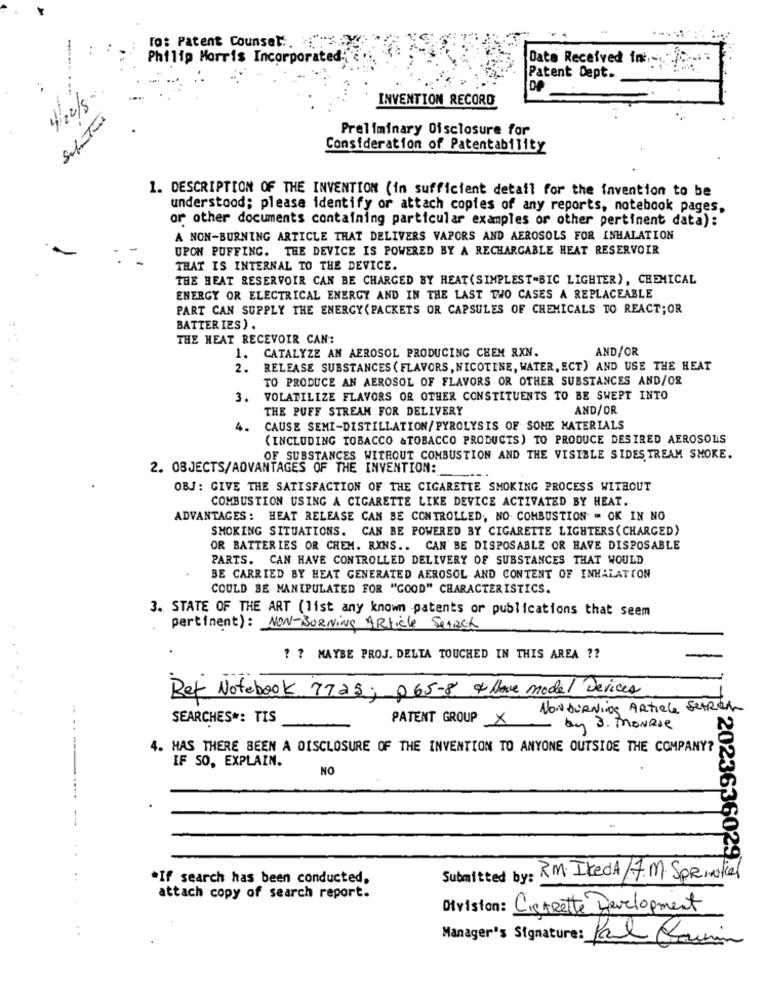
To: Patent Counsel .. .
Philip Morris Incorporated:
Data Received fmi ... . 70. .. "
Patent Dept.
De
4/22/5
INVENTION RECORD
Preliminary Disclosure for
Consideration of Patentability
1. DESCRIPTION OF THE INVENTION (in sufficient detail for the invention to be
understood; please identify or attach copies of any reports, notebook pages,
or other documents containing particular examples or other pertinent data):
A NON-BURNING ARTICLE THAT DELIVERS VAPORS AND AEROSOLS FOR INHALATION
UPON PUFFING. THE DEVICE IS POWERED BY A RECHARGABLE HEAT RESERVOIR
THAT IS INTERNAL TO THE DEVICE.
THE HEAT RESERVOIR CAN BE CHARGED BY HEAT(SIMPLEST-BIC LIGHTER), CHEMICAL
ENERGY OR ELECTRICAL ENERGY AND IN THE LAST TWO CASES A REPLACEABLE
PART CAN SUPPLY THE ENERGY (PACKETS OR CAPSULES OF CHEMICALS TO REACT; OR
BATTER IES ) .
THE HEAT RECEVOIR CAN:
1. CATALYZE AN AEROSOL PRODUCING CHEM RXN.
AND/OR
2.
RELEASE SUBSTANCES ( FLAVORS , NICOTINE, WATER, ECT) AND USE THE HEAT
TO PRODUCE AN AEROSOL OF FLAVORS OR OTHER SUBSTANCES AND/OR
3.
VOLATILIZE FLAVORS OR OTHER CONSTITUENTS TO BE SWEPT INTO
THE PUFF STREAM FOR DELIVERY
AND/OR
4.
CAUSE SEMI-DISTILLATION/PYROLYSIS OF SOME MATERIALS
(INCLUDING TOBACCO &TOBACCO PRODUCTS) TO PRODUCE DESIRED AEROSOLS
OF SUBSTANCES WITHOUT COMBUSTION AND THE VISIBLE SIDES TREAM SMOKE.
2. OBJECTS/ADVANTAGES OF THE INVENTION:
OBJ: GIVE THE SATISFACTION OF THE CIGARETTE SMOKING PROCESS WITHOUT
COMBUSTION USING A CIGARETTE LIKE DEVICE ACTIVATED BY HEAT.
ADVANTAGES : HEAT RELEASE CAN BE CONTROLLED, NO. COMBUSTION = OK IN NO
SMOKING SITUATIONS. CAN BE POWERED BY CIGARETTE LIGHTERS ( CHARGED)
OR BATTERIES OR CHEM. RXNS .. CAN BE DISPOSABLE OR HAVE DISPOSABLE
PARTS. CAN HAVE CONTROLLED DELIVERY OF SUBSTANCES THAT WOULD
BE CARRIED BY HEAT GENERATED AEROSOL AND CONTENT OF INHALATION
COULD BE MANIPULATED FOR "GOOD" CHARACTERISTICS.
3. STATE OF THE ART (list any known patents or publications that seem
pertinent): NON-BURNING Article SeAREK
? ? MAYBE PROJ. DELTA TOUCHED IN THIS AREA ??
Ref Notebook 7725; p65-8 4 Have model Devices
NON DURNing Article SetRer
SEARCHES *: TIS
PATENT GROUP X
by 3. MONRie
--
4. HAS THERE BEEN A DISCLOSURE OF THE INVENTION TO ANYONE OUTSIDE THE COMPANY?
IF SO. EXPLAIN.
NO
. .
2023636029.
"If search has been conducted,
Submitted by: RM. ItedA/7.M Sprintel
attach copy of search report.
Division: CistRette Development
Manager's Signature : Paul Clauin